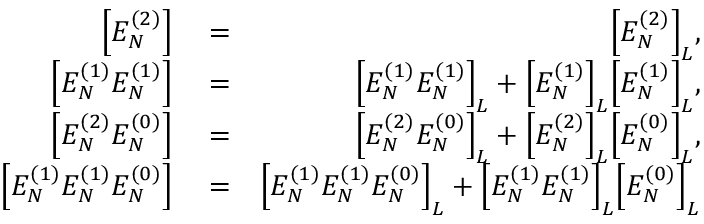
\begin{array} { r l r } { \Big [ E _ { N } ^ { ( 2 ) } \Big ] } & { { } = } & { \Big [ E _ { N } ^ { ( 2 ) } \Big ] _ { L } , } \\ { \Big [ E _ { N } ^ { ( 1 ) } E _ { N } ^ { ( 1 ) } \Big ] } & { { } = } & { \Big [ E _ { N } ^ { ( 1 ) } E _ { N } ^ { ( 1 ) } \Big ] _ { L } + \Big [ E _ { N } ^ { ( 1 ) } \Big ] _ { L } \Big [ E _ { N } ^ { ( 1 ) } \Big ] _ { L } , } \\ { \Big [ E _ { N } ^ { ( 2 ) } E _ { N } ^ { ( 0 ) } \Big ] } & { { } = } & { \Big [ E _ { N } ^ { ( 2 ) } E _ { N } ^ { ( 0 ) } \Big ] _ { L } + \Big [ E _ { N } ^ { ( 2 ) } \Big ] _ { L } \Big [ E _ { N } ^ { ( 0 ) } \Big ] _ { L } , } \\ { \Big [ E _ { N } ^ { ( 1 ) } E _ { N } ^ { ( 1 ) } E _ { N } ^ { ( 0 ) } \Big ] } & { { } = } & { \Big [ E _ { N } ^ { ( 1 ) } E _ { N } ^ { ( 1 ) } E _ { N } ^ { ( 0 ) } \Big ] _ { L } + \Big [ E _ { N } ^ { ( 1 ) } E _ { N } ^ { ( 1 ) } \Big ] _ { L } \Big [ E _ { N } ^ { ( 0 ) } \Big ] _ { L } } \end{array}